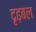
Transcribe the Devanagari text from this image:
दृढ़बल